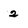
Character: 2